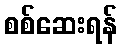
စစ်ဆေးရန်